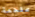
ملحمة